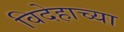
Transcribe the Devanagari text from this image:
विदेहाच्या